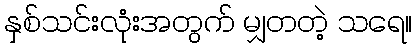
နှစ်သင်းလုံးအတွက် မျှတတဲ့ သရေ။